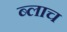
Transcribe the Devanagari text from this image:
ब्लाच